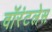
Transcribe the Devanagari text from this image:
वॉरंटलेस